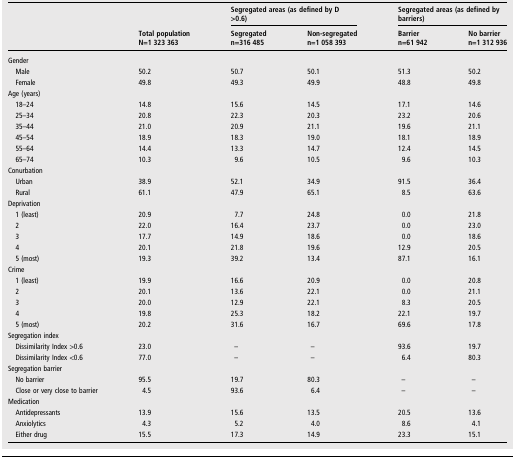
<table><thead><tr><td><b> </b></td><td></td><td colspan="2"><b>Segregated areas (as defined by D &gt;0.6)</b></td><td colspan="2"><b>Segregated areas (as defined by barriers)</b></td></tr><tr><td></td><td><b>Total population N=1 323 363</b></td><td><b>Segregatedn=316 485</b></td><td><b>Non-segregatedn=1 058 393</b></td><td><b>Barriern=61 942</b></td><td><b>No barriern=1 312 936</b></td></tr></thead><tbody><tr><td colspan="6">Gender</td></tr><tr><td> Male</td><td>50.2</td><td>50.7</td><td>50.1</td><td>51.3</td><td>50.2</td></tr><tr><td> Female</td><td>49.8</td><td>49.3</td><td>49.9</td><td>48.8</td><td>49.8</td></tr><tr><td colspan="6">Age (years)</td></tr><tr><td> 18–24</td><td>14.8</td><td>15.6</td><td>14.5</td><td>17.1</td><td>14.6</td></tr><tr><td> 25–34</td><td>20.8</td><td>22.3</td><td>20.3</td><td>23.2</td><td>20.6</td></tr><tr><td> 35–44</td><td>21.0</td><td>20.9</td><td>21.1</td><td>19.6</td><td>21.1</td></tr><tr><td> 45–54</td><td>18.9</td><td>18.3</td><td>19.0</td><td>18.1</td><td>18.9</td></tr><tr><td> 55–64</td><td>14.4</td><td>13.3</td><td>14.7</td><td>12.4</td><td>14.5</td></tr><tr><td> 65–74</td><td>10.3</td><td>9.6</td><td>10.5</td><td>9.6</td><td>10.3</td></tr><tr><td colspan="6">Conurbation</td></tr><tr><td> Urban</td><td>38.9</td><td>52.1</td><td>34.9</td><td>91.5</td><td>36.4</td></tr><tr><td> Rural</td><td>61.1</td><td>47.9</td><td>65.1</td><td>8.5</td><td>63.6</td></tr><tr><td colspan="6">Deprivation</td></tr><tr><td> 1 (least)</td><td>20.9</td><td>7.7</td><td>24.8</td><td>0.0</td><td>21.8</td></tr><tr><td> 2</td><td>22.0</td><td>16.4</td><td>23.7</td><td>0.0</td><td>23.0</td></tr><tr><td> 3</td><td>17.7</td><td>14.9</td><td>18.6</td><td>0.0</td><td>18.6</td></tr><tr><td> 4</td><td>20.1</td><td>21.8</td><td>19.6</td><td>12.9</td><td>20.5</td></tr><tr><td> 5 (most)</td><td>19.3</td><td>39.2</td><td>13.4</td><td>87.1</td><td>16.1</td></tr><tr><td colspan="6">Crime</td></tr><tr><td> 1 (least)</td><td>19.9</td><td>16.6</td><td>20.9</td><td>0.0</td><td>20.8</td></tr><tr><td> 2</td><td>20.1</td><td>13.6</td><td>22.1</td><td>0.0</td><td>21.1</td></tr><tr><td> 3</td><td>20.0</td><td>12.9</td><td>22.1</td><td>8.3</td><td>20.5</td></tr><tr><td> 4</td><td>19.8</td><td>25.3</td><td>18.2</td><td>22.1</td><td>19.7</td></tr><tr><td> 5 (most)</td><td>20.2</td><td>31.6</td><td>16.7</td><td>69.6</td><td>17.8</td></tr><tr><td colspan="6">Segregation index</td></tr><tr><td> Dissimilarity Index &gt;0.6</td><td>23.0</td><td>–</td><td>–</td><td>93.6</td><td>19.7</td></tr><tr><td> Dissimilarity Index &lt;0.6</td><td>77.0</td><td>–</td><td>–</td><td>6.4</td><td>80.3</td></tr><tr><td colspan="6">Segregation barrier</td></tr><tr><td> No barrier</td><td>95.5</td><td>19.7</td><td>80.3</td><td>–</td><td>–</td></tr><tr><td> Close or very close to barrier</td><td>4.5</td><td>93.6</td><td>6.4</td><td>–</td><td>–</td></tr><tr><td colspan="6">Medication</td></tr><tr><td> Antidepressants</td><td>13.9</td><td>15.6</td><td>13.5</td><td>20.5</td><td>13.6</td></tr><tr><td> Anxiolytics</td><td>4.3</td><td>5.2</td><td>4.0</td><td>8.6</td><td>4.1</td></tr><tr><td> Either drug</td><td>15.5</td><td>17.3</td><td>14.9</td><td>23.3</td><td>15.1</td></tr></tbody></table>